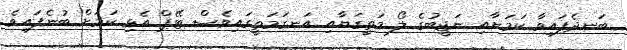
ބަނދެފައިވާ ކަމަށާއި ނަޖީބުގެ ލޯ މަތީގަޔާއި އަނގަމަތީގައިވެސް ޓޭޕް އެޅި ކަމަށް ބުނެފައިވެ